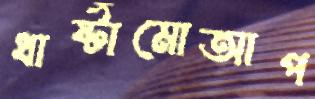
ধার্ষ্টামোআপ